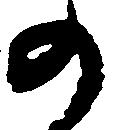
の